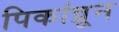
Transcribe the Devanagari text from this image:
पिकांव्रून